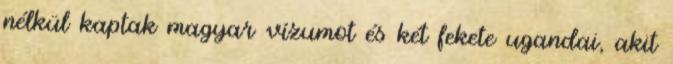
nélkül kaptak magyar vízumot és két fekete ugandai, akit